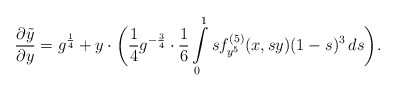
\begin{align*}\frac{\partial \tilde y}{\partial y} = g^{\frac{1}{4}} + y \cdot \biggl( \frac{1}{4}g^{-\frac{3}{4}} \cdot \frac{1}{6}\int\limits_{0}^1 s f_{y^{5}}^{(5)}(x,sy)(1-s)^3\,ds \biggr).\end{align*}